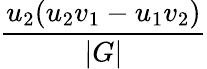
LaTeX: \frac{u_{2}(u_{2}v_{1}-u_{1}v_{2})}{|G|}